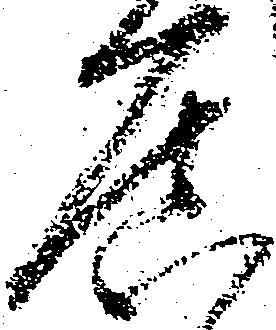
居